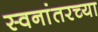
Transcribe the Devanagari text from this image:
स्वनांतरच्या